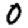
Digit: 0